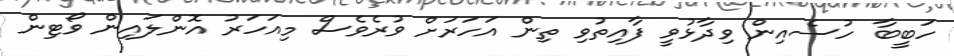
ހަބީބާ ހުސެއިން ވިދާޅުވީ ފާއިތުވި ތިން އަހަރަށް ވުރެވެސް މިއަހަރު އޮންލައިން ވޯޓިން